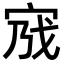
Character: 𡧿